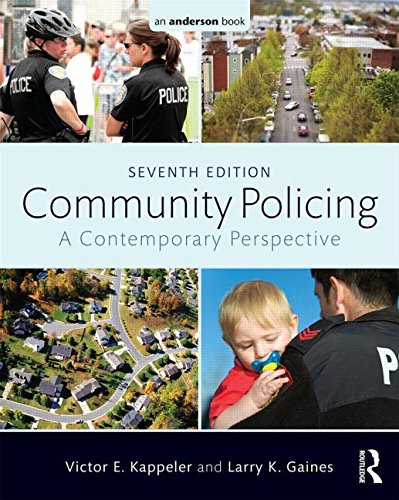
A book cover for Community Policing: A Contemporary Perspective; Victor E. Kappeler; Politics & Social Sciences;